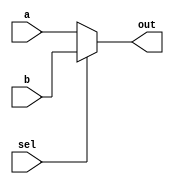
`timescale 1ns / 1ps

module mux_1bit_2opt(
	input a,
	input b,
	input sel,
	output out
   );
	
	assign out = (sel) ? b : a;


endmodule